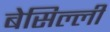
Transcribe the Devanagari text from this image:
बेसिल्ली